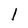
Character: l